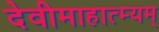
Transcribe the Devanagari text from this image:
देवीमाहात्म्यम्